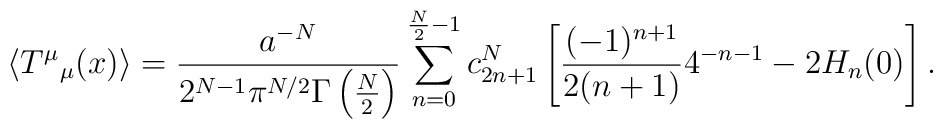
\left<T^\mu{}_\mu(x)\right>={a^{-N}\over 2^{N-1}\pi^{N/2}\Gamma  \left(\frac N2\right)}  \sum_{n=0}^{\frac N2-1}c^N_{2n+1}\left[    \frac{(-1)^{n+1}}{2(n+1)}4^{-n-1}-2H_n(0)\right].